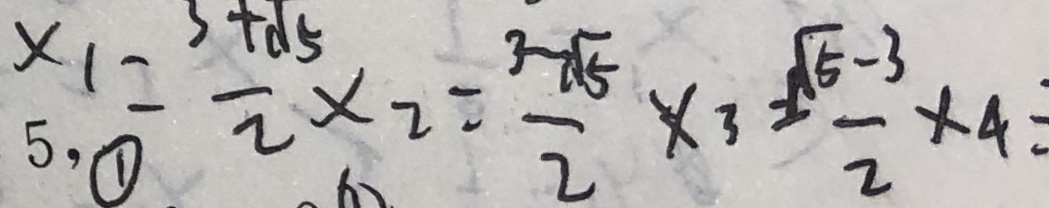
x _ { 1 } = \frac { 3 + \sqrt { 5 } } { 2 } \times 2 = \frac { 3 - \sqrt { 5 } } { 2 } \times 3 = \frac { \sqrt { 5 } - 3 } { 2 } \times 4 =